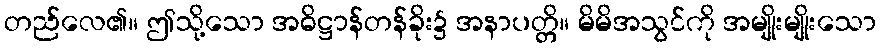
တည်လေ၏။ ဤသို့သော အဓိဋ္ဌာန်တန်ခိုး၌ အနာပတ္တိ။ မိမိအသွင်ကို အမျိုးမျိုးသော